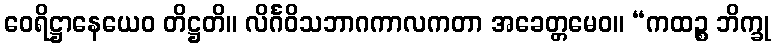
ဝေရိဋ္ဌာနေယေဝ တိဋ္ဌတိ။ လိင်္ဂဝိသဘာဂကာလကတာ အခေတ္တမေဝ။ “ကထဉ္စ ဘိက္ခု